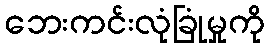
ဘေးကင်းလုံခြုံမှုကို